Problem: 48 + 14 = ?
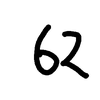
Handwritten answer: 62